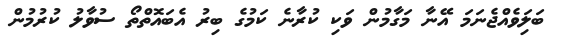
ބަލަިވެއްޖެނަމަ އޭނާ މަގާމުން ވަކި ކުރާނެ ކަމުގެ ބިރު އެބައޮތްތޯ ސުވާލު ކުރުމުން